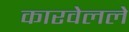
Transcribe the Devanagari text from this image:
कारवेलले